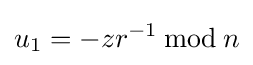
u_{1}=-zr^{-1}\,{\bmod {\,}}n